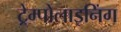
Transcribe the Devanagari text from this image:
ट्रेम्पोलाइनिंग